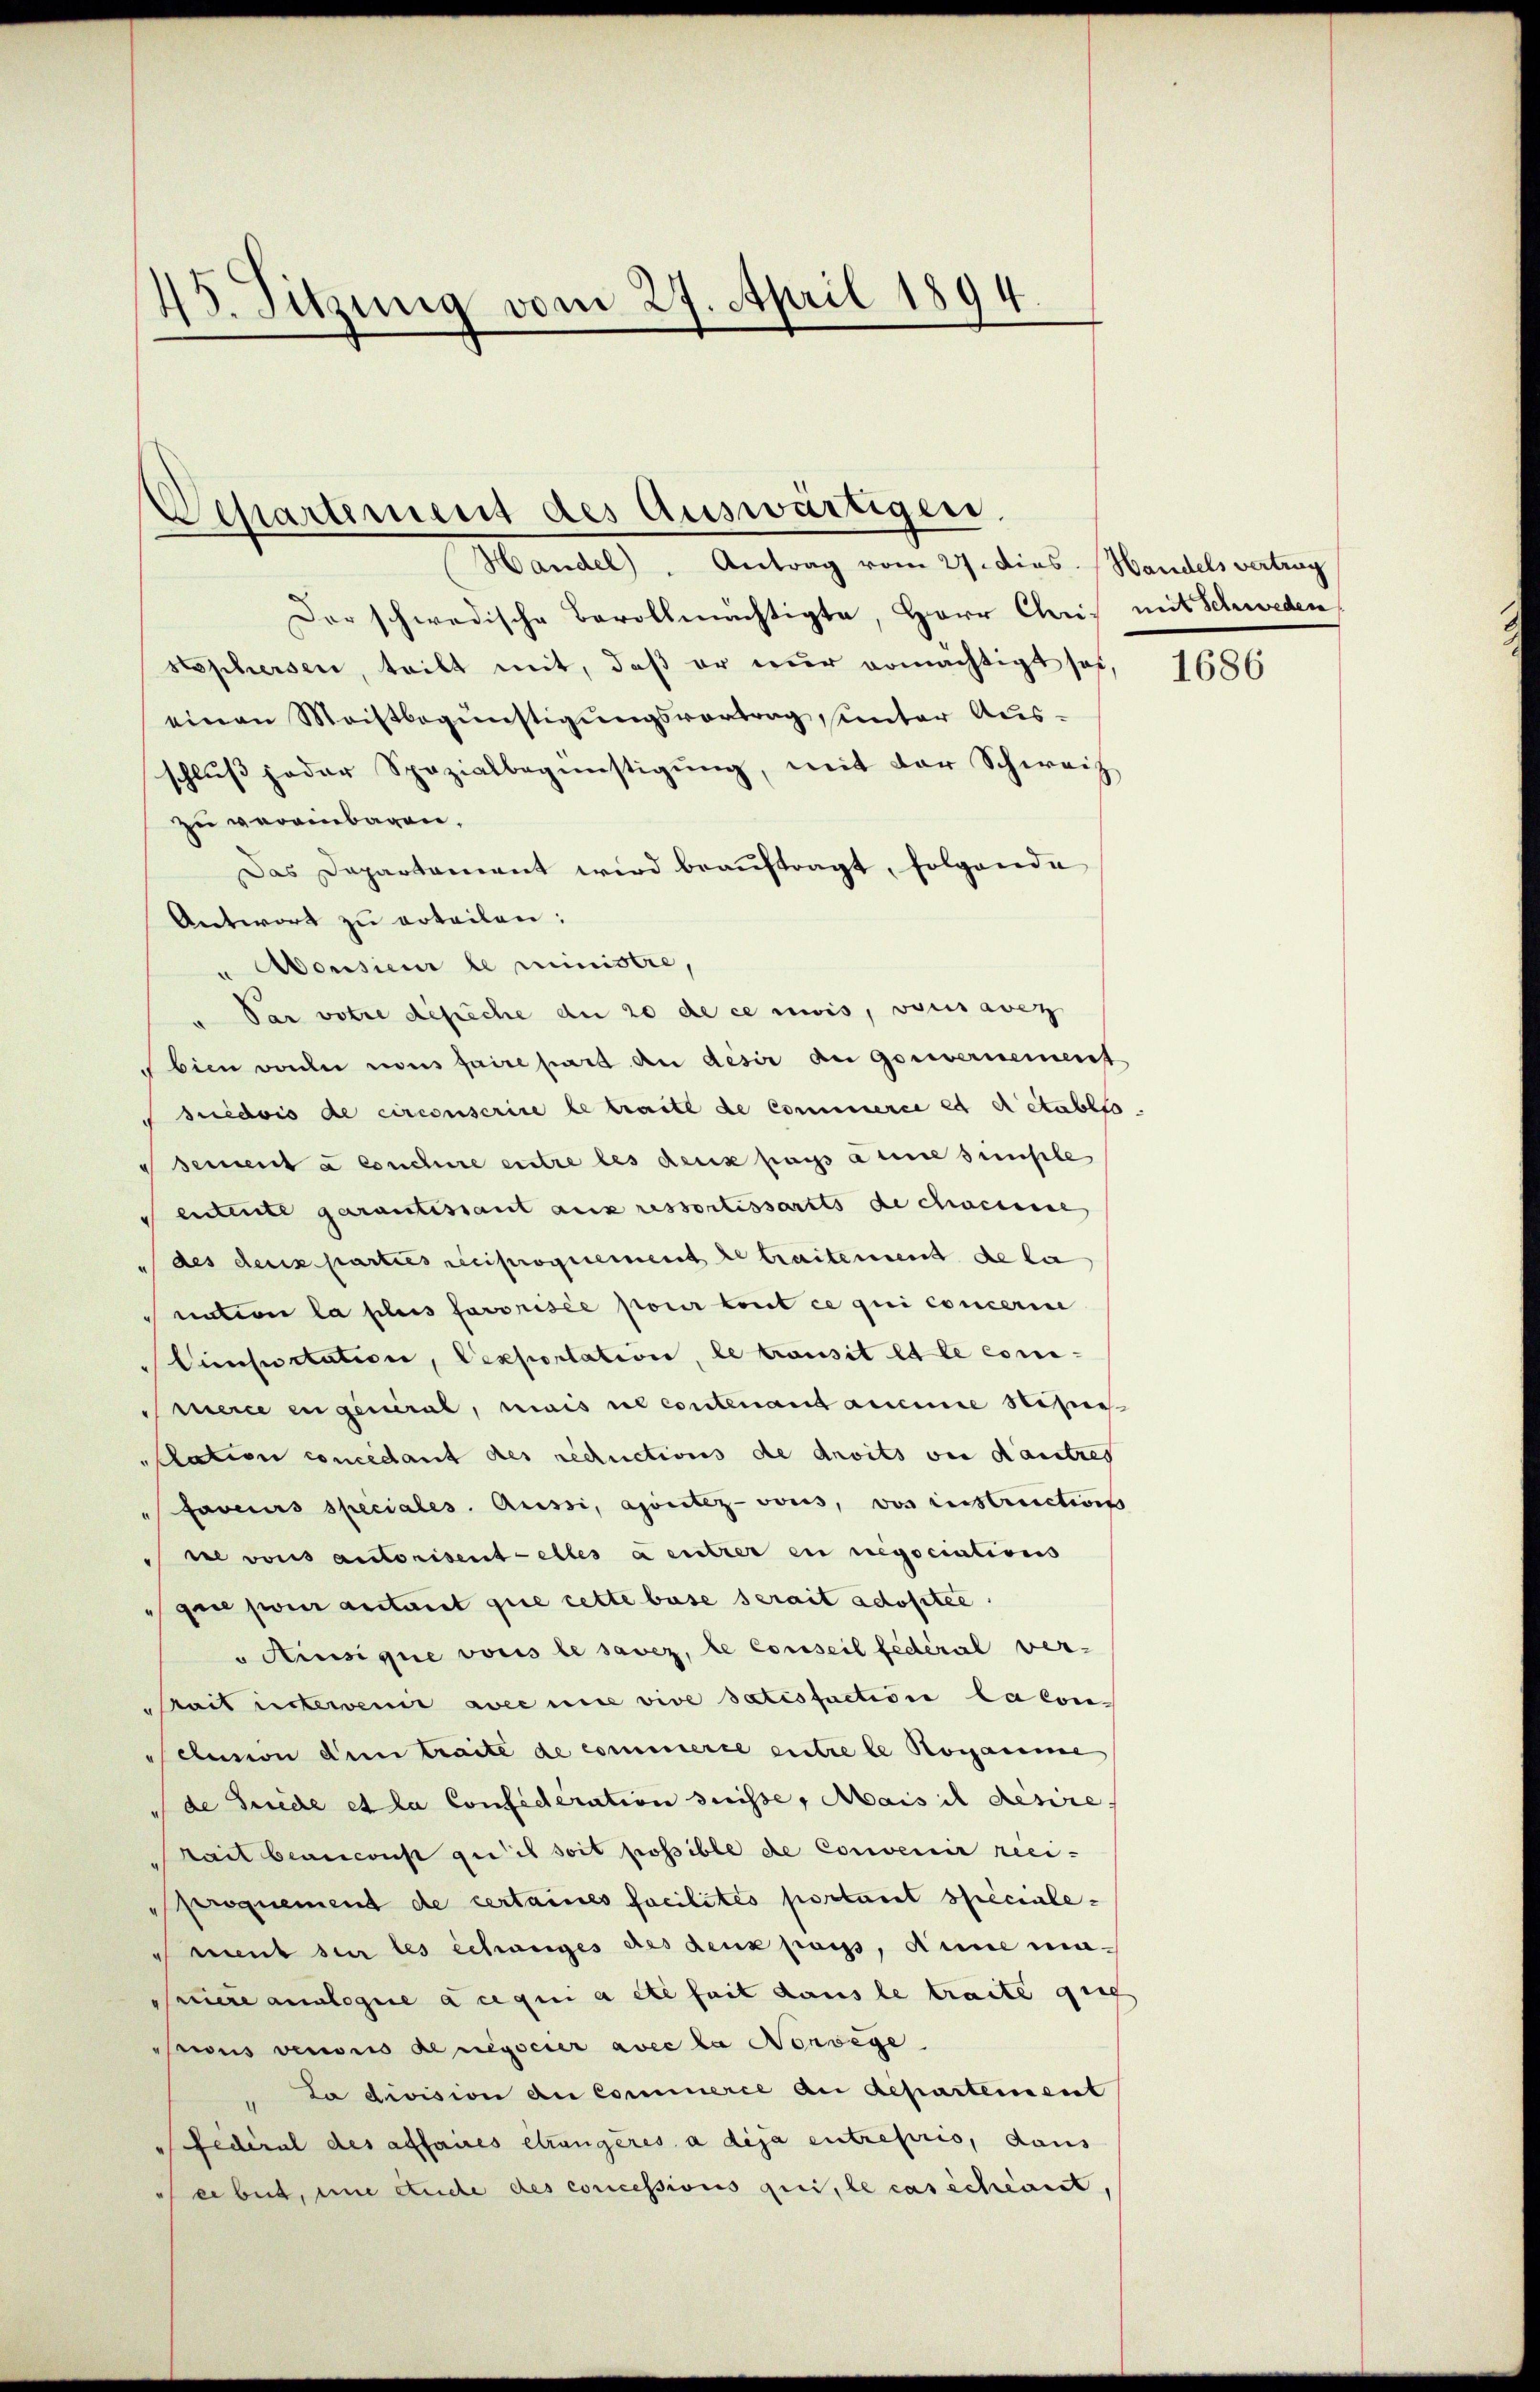
45. Sitzung vom 27. April 1894.

Departement des Auswärtigen.
Handel). Antrag vom 27. dies. Handels vertrag

Der schwedische Bevollmächtigte, Herr Chris mit Schweden
stophersen, teilt mit, daß er nur ermächtigt sei,
einen Meistbegünstigungsvortrag unter Aus-
schlŭβ jeder Spezialbegünstigŭng, mit der Schweiz
zu vereinbaren,
Das Departament wird beaŭftragt, folgende
Antwort zu erteilen:
u Aousieur le ministre,
Par votie desiche de 20 de ce mois, versavez
bien vorli vons faire part an desir an Gouvernement
"suedvis de circonscrire le traite de Commerce et detablto
sement à conchire entre les deux passa eine simple
entente garantissant aus ressortissarits de chacune
des deux parties reciproquement le traitement de la
nation la plus fororisée pour tout ce qui concerine
Cimportation, Vexportation, le transit la le coni-
merce engeneral, mais ne contenant aucune Nüsse
slation concedant des reductions de droits von dautres
faveurs speciales. Aussi, apontez-vous, vos instructions
ie vons autorisentelles a entrer en regociations
gui pour autant que cette base serait adoptie
Aiusique voris le savez, le Conseil fédéral ver-
Stait untervenir avec ui vive Satisfaction la con-
clusion den traite de commerce entre le Rosamme
de Grieche et la Confideration suisse, Mais il desire
tait beanconst giit soit possible de Convenir reciproquement de certaines facilités portant speciale¬
Amment sur les échanges des deux posss, Anne ma-
siere analogie à ce qui a etc seit dans le traite geg
sius veronis de negocier avec la Nonwege
La division an Commerce an departement
d
Fedéral des affaires étrangeres à dija entreprio, dans
er beid, und Stude des concessions qui, le cas scheint,

1686